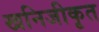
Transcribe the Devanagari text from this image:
खनिजीकृत